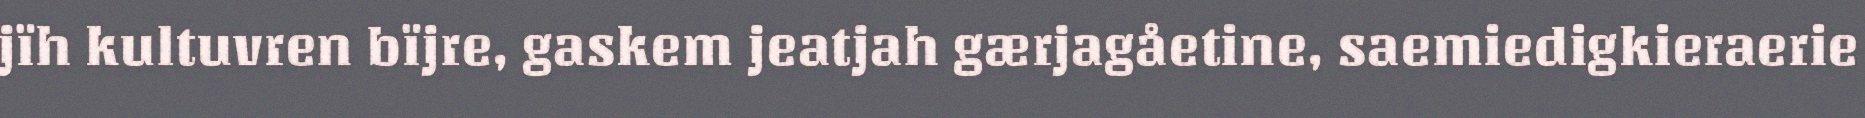
jïh kultuvren bïjre, gaskem jeatjah gærjagåetine, saemiedigkieraerie